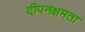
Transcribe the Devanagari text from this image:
दीपनक्षमता